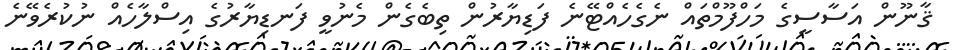
ޤާނޫން އަސާސީގެ މަހްފޫމްތައް ނެގެހެއްޓޭނެ ފަޑިޔާރުން ތިބެގެން މެނުވީ ފަނޑިޔާރުގެ އިސްލާހެއް ނުކުރެވޭނެ